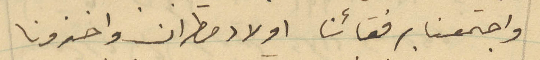
واجتمعنا برفقائنا اولاد مطران واخذونا